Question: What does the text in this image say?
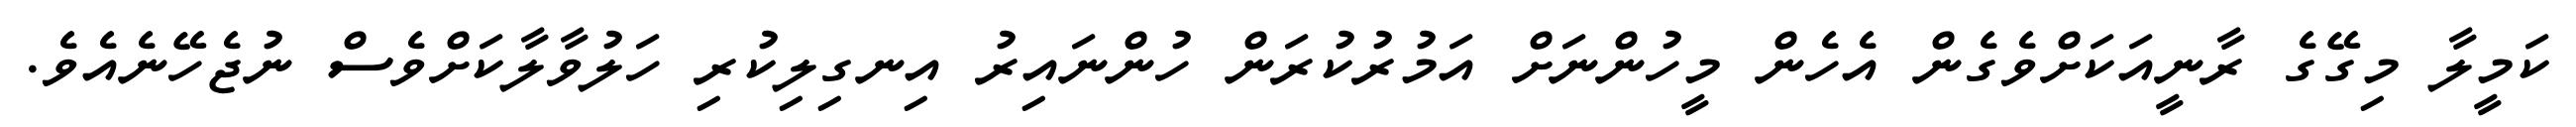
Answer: ކަމީލާ މިގޭގެ ރާނީއަކަށްވެގެން އެހެން މީހުންނަށް އަމުރުކުރަން ހުންނައިރު އިނގިލިކުރި ހަލުވާލާކަށްވެސް ނުޖެހޭނެއެވެ.